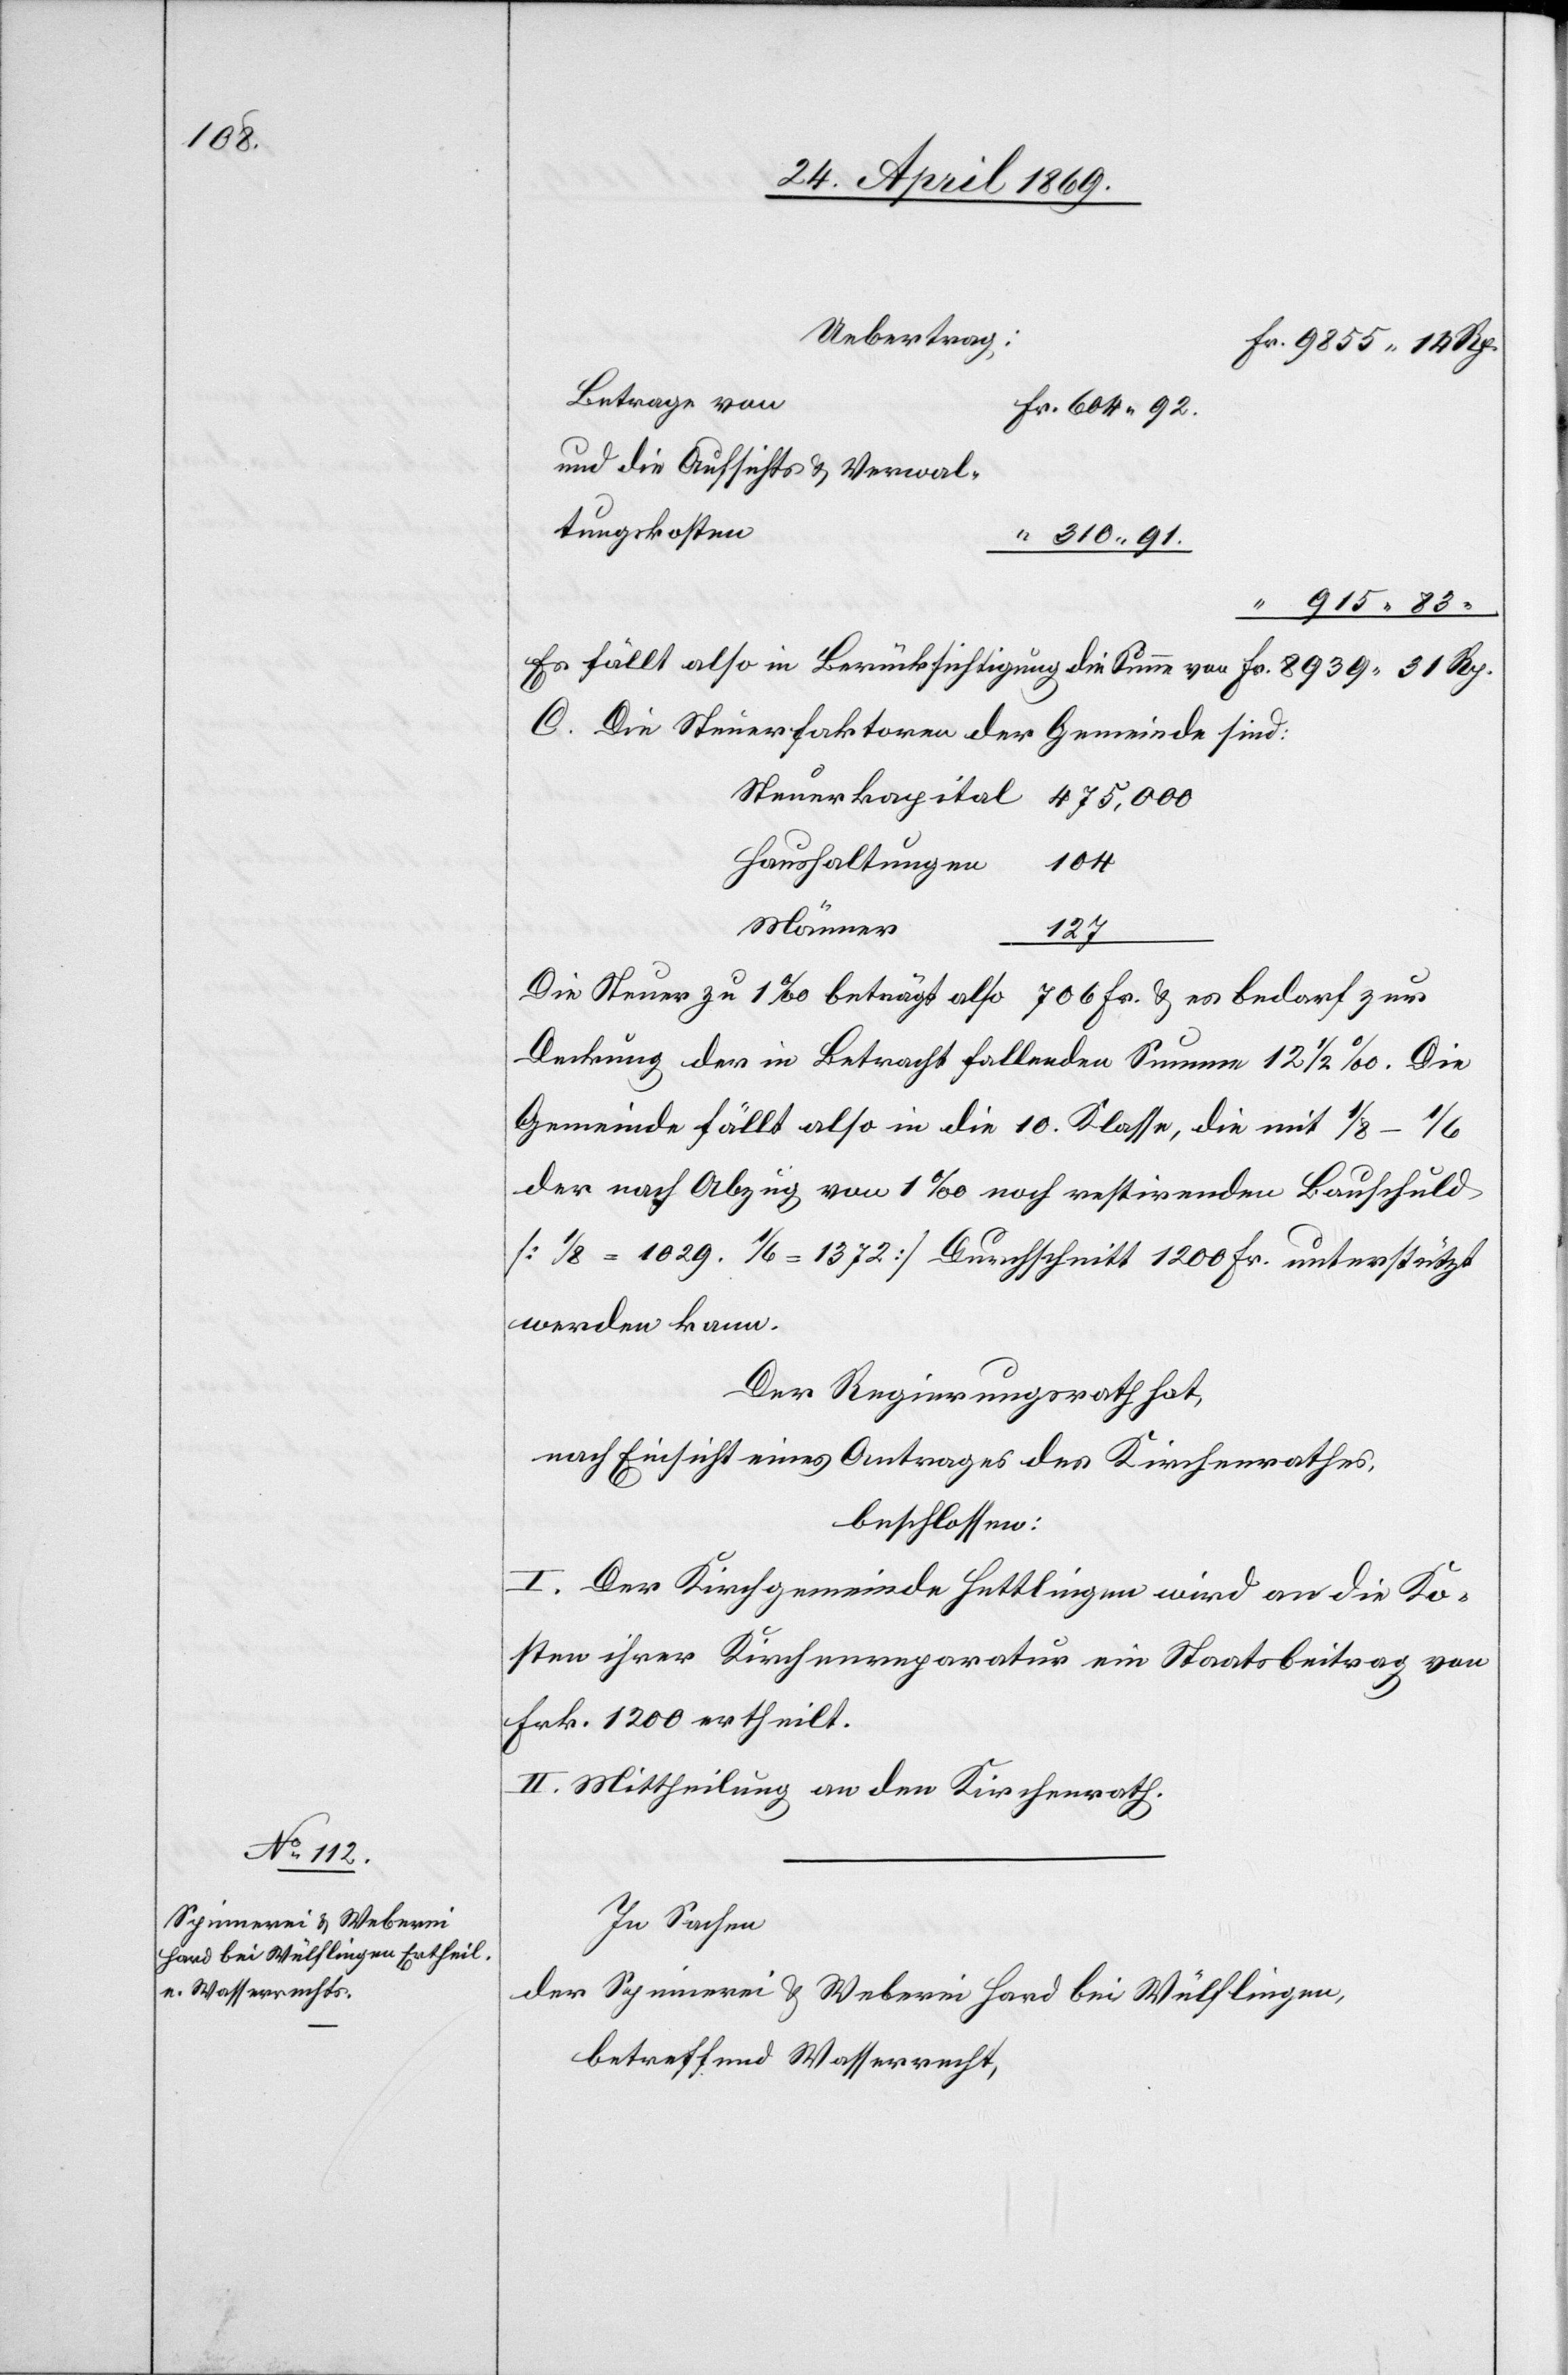
Uebertrag:
Betrage vo¬
n		Fr. 604.92.u¬
nd die Aufsichts u. Verwal¬
tungskosten
“	310.91.
“ 915.83
Es fällt also in Berücksichtigung die Summe von 					Fr. 8939.31 Rp.
C. Die Steuerfaktoren der Gemeinde sind:
Steuerkapital 		475,000
Haushaltungen
104
127
Die Steuer zu 1‰ beträgt also 706 Fr. u. es bedarf zur
Deckuung der in Betracht fallenden Summe 12 1/2‰. Die
Gemeinde fällt also in die 10 Klasse, die mit 1/8–1/6
der nach Abzug von 1‰ noch restirenden Bauschuld
[1/8 = 1029. 1/6 = 1372] Durchschnitt 1200 Fr. unterstützt
werden kann.
Der Regierungsrath hat,
nach Einsicht eines Antrages des Kirchenrathes,
beschlossen:
I. Der Kirchgemeinde Hettlingen wird an die Ko¬
sten ihrer Kirchenreparatur ein Staatsbeitrag von
Frk.1200 ertheilt.
II. Mittheilung an den Kirchenrathe.
In Sachen
der Spinnerei u. Weberei Hard bei Wülflingen,
betreffend Wasserrecht,